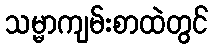
သမ္မာကျမ်းစာထဲတွင်